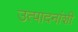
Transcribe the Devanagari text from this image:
उत्पादनांशी